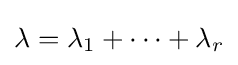
\lambda =\lambda _{1}+\cdots +\lambda _{r}